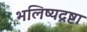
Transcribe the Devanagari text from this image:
भलिष्यद्रष्टा